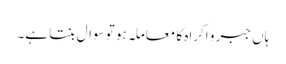
ہاں جبر و اکراہ کا معاملہ ہو تو سوال بنتا ہے۔